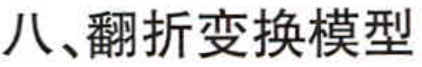
八、翻折变换模型